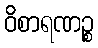
ဝိစာရဏဉ္စ